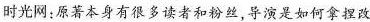
时光网,原著本身有很多读者和粉丝,导演是如何拿捏改